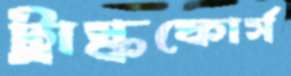
ট্রাস্কফোর্স